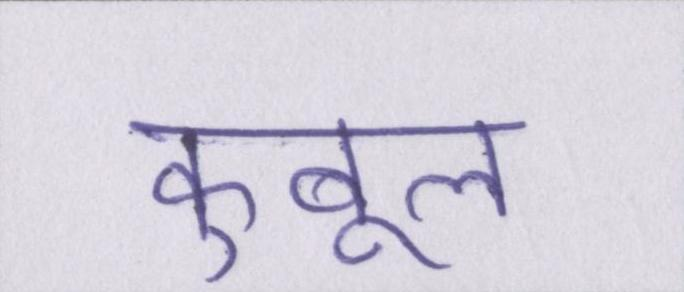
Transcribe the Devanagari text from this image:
कुबूल